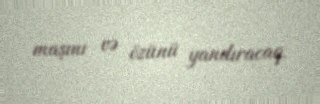
maşını və özünü yandıracaq.